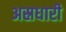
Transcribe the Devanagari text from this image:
अस्रधारी